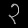
Digit: ၃